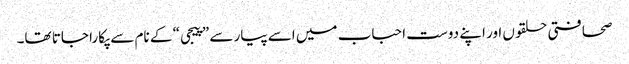
صحافتی حلقوں اور اپنے دوست احباب میں اسے پیار سے ”پیجی“ کے نام سے پکارا جاتا تھا۔